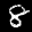
Label: 8